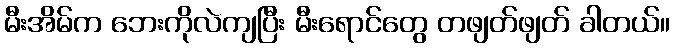
မီးအိမ်က ဘေးကိုလဲကျပြီး မီးရောင်တွေ တဖျတ်ဖျတ် ခါတယ်။